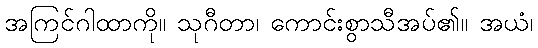
အကြင်ဂါထာကို။ သုဂီတာ၊ ကောင်းစွာသီအပ်၏။ အယံ၊